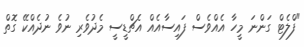
"ފްލެޓް ގަންނަ މީހާ އެއްވެސް ފައިސާއެއް އެޗްޑީސީ މެދުވެރި ނުވެ ނުދެއްކޭ ގޮތް